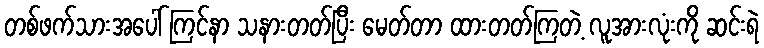
တစ်ဖက်သားအပေါ် ကြင်နာ သနားတတ်ပြီး မေတ်တာ ထားတတ်ကြတဲ့ လူအားလုံးကို ဆင်းရဲ